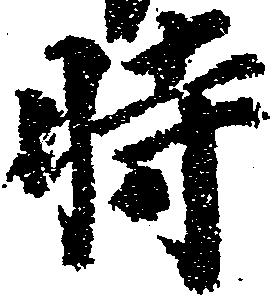
時